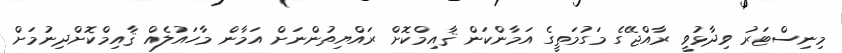
މިނިސްޓަރު ވިދާޅުވީ ރާއްޖޭގެ މަގުމަތީގެ އަމާންކަން ޤާއިމްކޮށް ރައްޔިތުންނަށް އަމާން މާހައުލެއް ޤާއިމްކޮށްދިނުމަށް